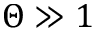
\Theta \gg 1